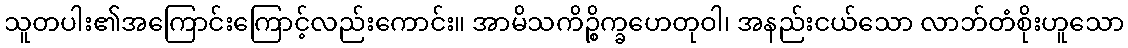
သူတပါး၏အကြောင်းကြောင့်လည်းကောင်း။ အာမိသကိဉ္စိက္ခဟေတုဝါ၊ အနည်းငယ်သော လာဘ်တံစိုးဟူသော